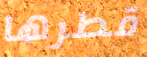
قطرها